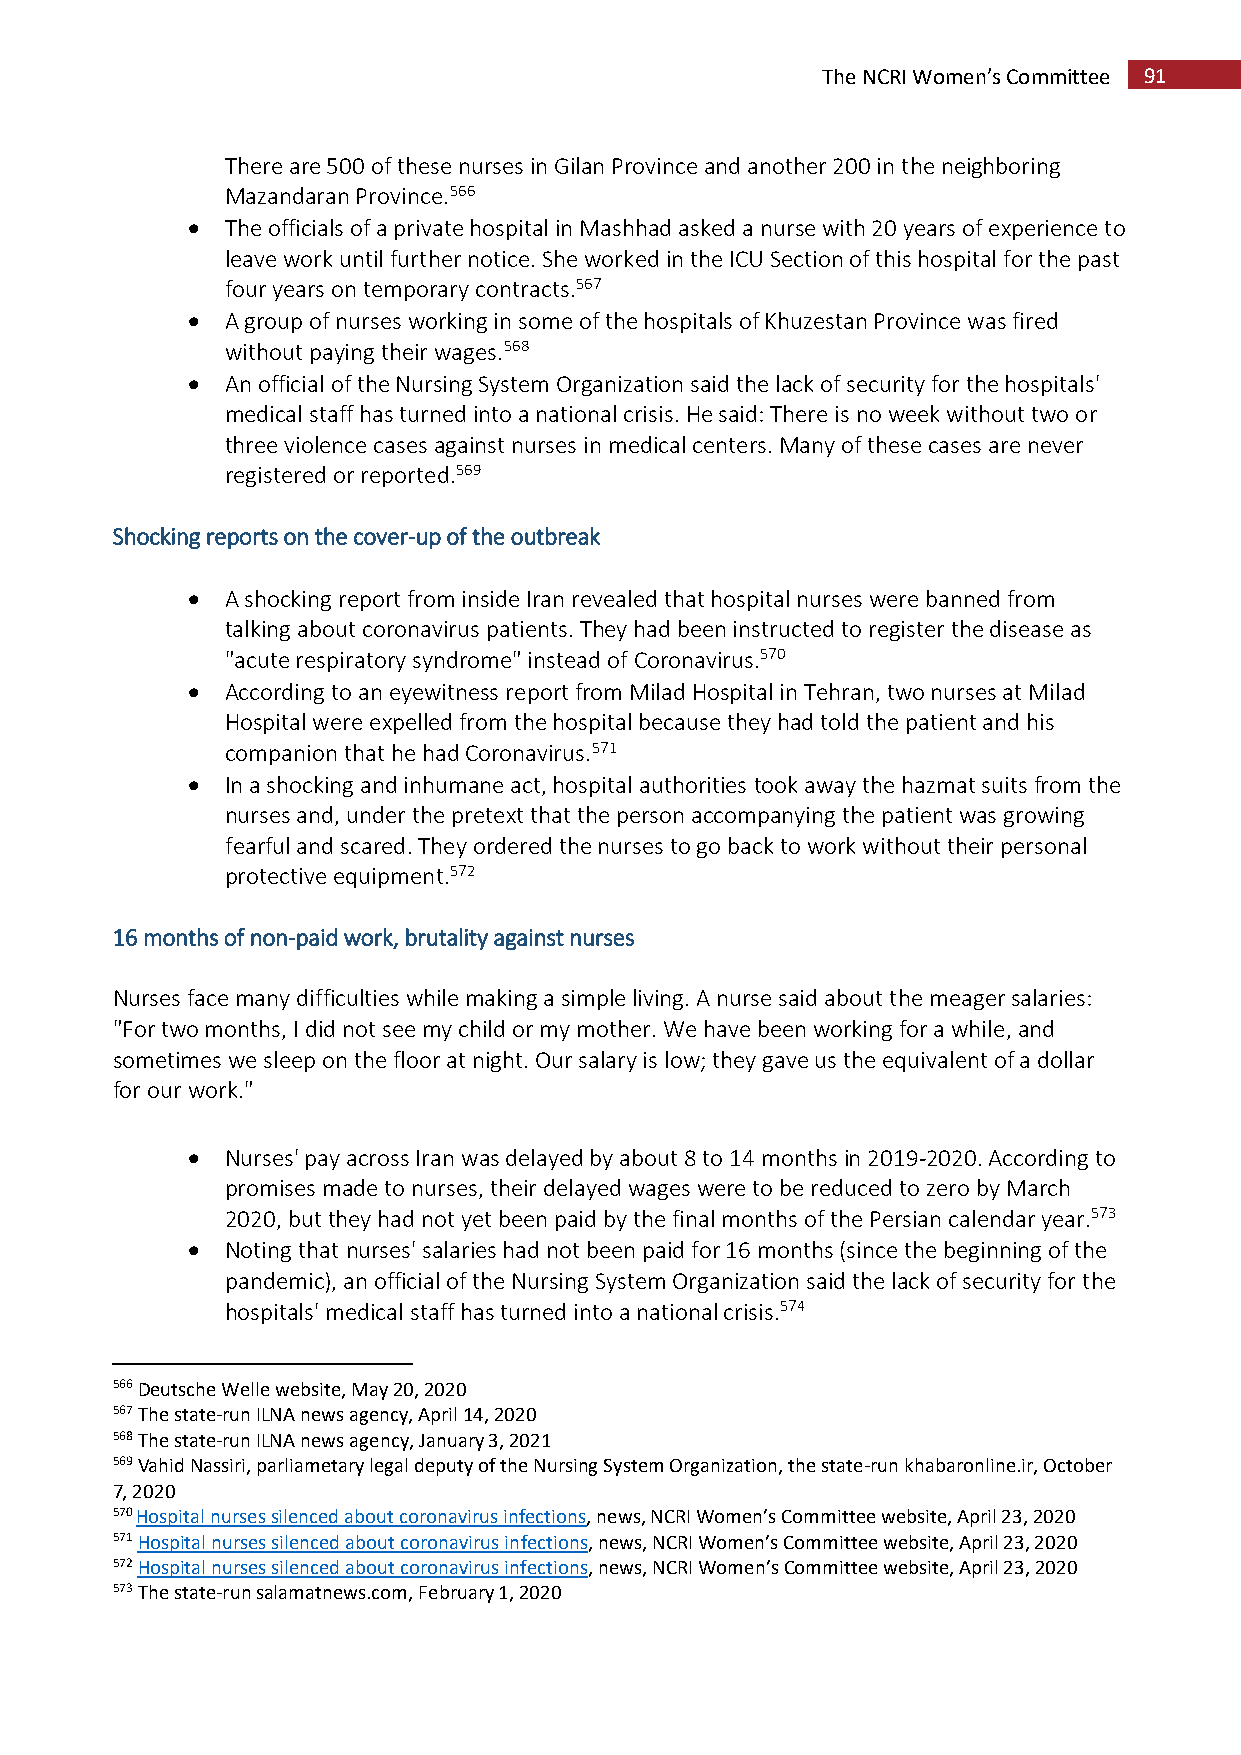
The NCRI Women’s Committee 91
 There are 500 of these nurses in Gilan Province and another 200 in the neighboring
 Mazandaran Province.566
   The officials of a private hospital in Mashhad asked a nurse with 20 years of experience to
 leave work until further notice. She worked in the ICU Section of this hospital for the past
 four years on temporary contracts.567
   A group of nurses working in some of the hospitals of Khuzestan Province was fired
 without paying their wages.568
   An official of the Nursing System Organization said the lack of security for the hospitals'
 medical staff has turned into a national crisis. He said: There is no week without two or
 three violence cases against nurses in medical centers. Many of these cases are never
 registered or reported.569
 Shocking reports on the cover-up of the outbreak
   A shocking report from inside Iran revealed that hospital nurses were banned from
 talking about coronavirus patients. They had been instructed to register the disease as
 "acute respiratory syndrome" instead of Coronavirus.570
   According to an eyewitness report from Milad Hospital in Tehran, two nurses at Milad
 Hospital were expelled from the hospital because they had told the patient and his
 companion that he had Coronavirus.571
   In a shocking and inhumane act, hospital authorities took away the hazmat suits from the
 nurses and, under the pretext that the person accompanying the patient was growing
 fearful and scared. They ordered the nurses to go back to work without their personal
 protective equipment.572
 16 months of non-paid work, brutality against nurses
 Nurses face many difficulties while making a simple living. A nurse said about the meager salaries:
 "For two months, I did not see my child or my mother. We have been working for a while, and
 sometimes we sleep on the floor at night. Our salary is low; they gave us the equivalent of a dollar
 for our work."
   Nurses' pay across Iran was delayed by about 8 to 14 months in 2019-2020. According to
 promises made to nurses, their delayed wages were to be reduced to zero by March
 2020, but they had not yet been paid by the final months of the Persian calendar year.573
   Noting that nurses' salaries had not been paid for 16 months (since the beginning of the
 pandemic), an official of the Nursing System Organization said the lack of security for the
 hospitals' medical staff has turned into a national crisis.574
 566 Deutsche Welle website, May 20, 2020
 567 The state-run ILNA news agency, April 14, 2020
 568 The state-run ILNA news agency, January 3, 2021
 569 Vahid Nassiri, parliametary legal deputy of the Nursing System Organization, the state-run khabaronline.ir, October
 7, 2020
 570 Hospital nurses silenced about coronavirus infections, news, NCRI Women’s Committee website, April 23, 2020
 571 Hospital nurses silenced about coronavirus infections, news, NCRI Women’s Committee website, April 23, 2020
 572 Hospital nurses silenced about coronavirus infections, news, NCRI Women’s Committee website, April 23, 2020
 573 The state-run salamatnews.com, February 1, 2020